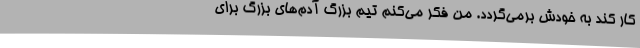
کار کند به خودش برمی‌گردد. من فکر می‌کنم تیم بزرگ آدم‌های بزرگ برای